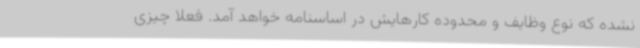
نشده که نوع وظایف و محدوده کارهایش در اساسنامه خواهد آمد. فعلا چیزی